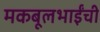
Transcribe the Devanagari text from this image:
मकबूलभाईंची